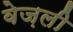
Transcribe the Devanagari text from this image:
वेज़ली